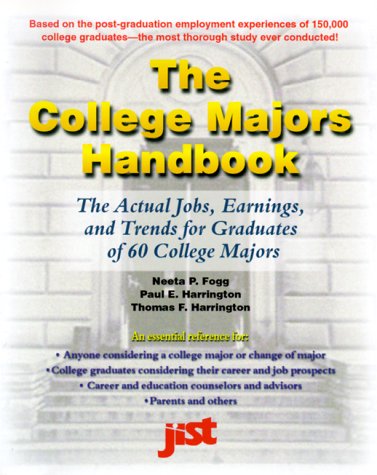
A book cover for The College Majors Handbook: A Guide to Your Undergraduate College Investment Decision; Paul Harrington; Business & Money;